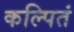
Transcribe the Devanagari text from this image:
कल्पितं